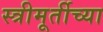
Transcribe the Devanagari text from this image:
स्त्रीमूर्तीच्या